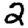
Digit: 2